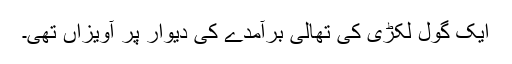
ایک گول لکڑی کی تھالی برآمدے کی دیوار پر آویزاں تھی۔